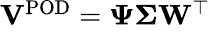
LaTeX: \begin{array}{r}{\mathbf{V}^{\mathrm{POD}}=\mathbf{\Psi\Sigma}\mathbf{W}^{\top}}\end{array}